Report on the working of the mental hospitals for Indians in Bihar and Orissa - 1925-1929
Year: 1925
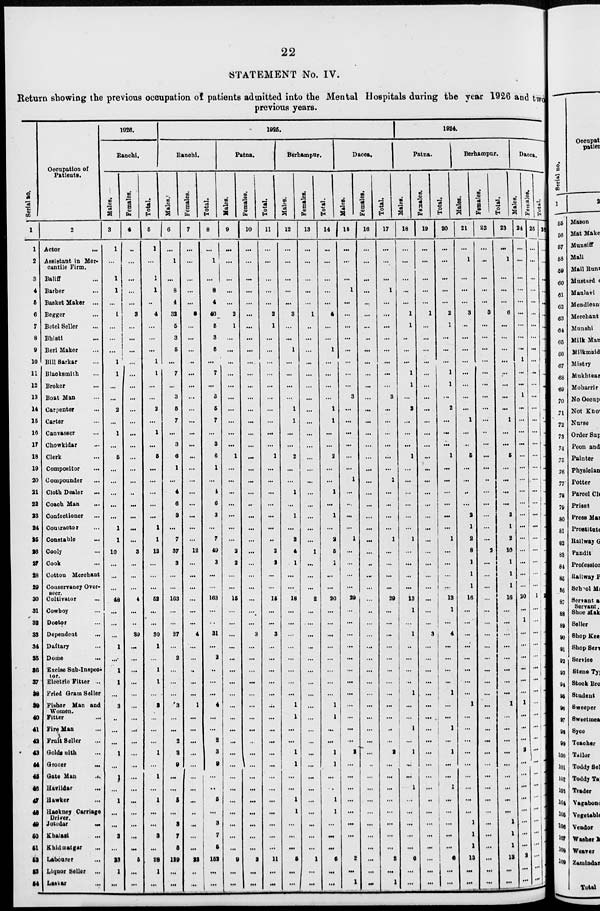
22
STATEMENT No. IV.
Return showing the previous occupation of patients admitted into the Mental Hospitals during the year 1926 and two
previous years.
Serial no.
1
1
2
3
4
5
6
7
8
9
10
11
12
13
14
15
16
17
18
19
20
21
22
23
24
25
26
27
28
29
30
31
32
33
34
35
36
37
38
39
40
41
42
43
44
45
46
47
48
49
50
51
52
53
54
Occupation of
Patients.
2
Actor
...
Assistant in Mer-
cantile Firm.
Baliff ...
Barber ...
Basket Maker ...
Begger ...
Betel Seller ...
Bhisti ...
Beri Maker ...
Bill Sarkar ...
Blacksmith ...
Broker ...
Boat Man ...
Carpenter ...
Carter ...
Canvasser ...
Chowkidar ...
Clerk ...
Compositor ...
Compounder ...
Cloth Dealer
...
Coach Man ...
Confectioner ...
Contractor ...
Constable ...
Cooly ...
Cook ...
Cotton Merchant
Conservancy Over-
seer.
Cultivator ...
Cowboy ...
Doctor ...
Dependent
...
Daftary ...
Dome
...
Excise Sub-Inspec-
tor.
Electric Fitter ...
Fried Gram Seller
Fisher Man and
Women.
Fitter ...
Fire Man ...
Fruit Seller ...
Goldsmith ...
Grocer
...
Gate Man
...
Havildar ...
Hawker ...
Hackney Carriage
Driver.
Jotedar
...
Khalasi ...
Khidmatgar
...
Labourer ...
Liquor Seller ...
Laskar ...
1926.
Ranchi.
Males.
3
1
...
1
1
...
1
...
...
...
1
1
...
...
2
...
1
...
5
...
...
...
...
...
1
1
10
...
...
...
48
...
...
...
1
...
1
1
...
3
...
...
...
1
...
1
...
1
...
...
3
...
23
1
...
Females.
4
...
...
...
...
...
3
...
...
...
...
...
...
...
...
...
...
...
...
...
...
...
...
...
...
...
3
...
...
...
4
...
...
30
...
...
...
...
...
...
...
...
...
...
....
...
...
...
...
...
...
...
5
...
...
Total.
5
1
...
1
1
...
4
...
...
...
1
1
...
...
2
...
1
...
5
...
...
...
...
...
1
1
13
...
...
...
52
...
...
30
1
...
1
1
...
3
...
...
...
1
...
1
...
1
...
...
3
...
28
1
...
1925.
Ranchi.
Males.
6
...
1
...
8
4
32
5
3
5
...
7
...
3
5
7
...
3
6
1
...
4
6
3
...
7
37
3
...
...
163
...
...
27
...
2
...
...
...
3
...
...
2
3
9
...
...
5
...
3
7
5
129
...
...
Females.
7
...
...
...
...
...
8
...
...
...
...
...
...
...
...
...
...
...
...
...
...
...
...
...
...
...
12
...
...
...
...
...
...
4
...
...
...
...
...
1
...
...
...
...
...
...
...
...
...
...
...
...
23
...
...
Total.
8
...
1
...
8
4
40
5
3
5
...
7
...
3
5
7
...
3
6
1
...
4
6
3
...
7
49
3
...
...
163
...
...
31
...
2
...
...
...
4
...
...
2
3
9
...
...
5
...
3
7
5
152
...
...
Patna.
Males.
9
...
...
...
...
...
2
1
...
...
...
...
...
...
...
...
...
...
1
...
...
...
...
...
...
...
2
2
...
...
15
...
...
...
...
...
...
...
...
...
...
...
...
...
...
...
...
...
...
...
...
...
9
...
...
Females.
10
...
...
...
...
...
...
...
...
...
...
...
...
...
...
...
...
...
...
...
...
...
...
...
...
...
...
...
...
...
...
...
...
3
...
...
...
...
...
...
...
...
...
...
...
...
...
...
...
...
...
...
2
...
...
Total.
11
...
...
...
...
...
2
1
...
...
...
...
...
...
...
...
...
...
1
...
...
...
...
...
...
...
2
2
...
...
15
...
...
3
...
...
...
...
...
...
...
...
...
...
...
...
...
...
...
...
...
...
11
...
...
Berhampur.
Males.
12
...
...
...
...
...
3
...
...
1
...
...
...
...
1
1
...
...
2
...
...
1
...
1
...
2
4
1
...
...
18
...
...
...
...
...
...
...
...
1
1
...
...
1
1
...
...
1
1
...
...
...
5
...
...
Females.
13
...
...
...
...
...
1
...
...
...
...
...
...
...
...
...
...
...
...
...
...
...
...
...
...
...
1
...
...
...
2
...
...
...
...
...
...
...
...
...
...
...
...
...
...
...
...
...
...
...
...
...
1
...
...
Total.
14
...
...
...
...
...
4
...
...
1
...
...
...
...
1
1
...
...
2
...
...
1
...
1
...
2
5
1
...
...
20
...
...
...
...
...
...
...
...
1
1
...
...
1
1
...
...
1
1
...
...
...
6
...
...
Dacca.
Males.
15
...
...
...
1
...
...
...
...
...
...
...
...
3
...
...
...
...
...
...
1
...
...
...
...
1
...
...
...
...
29
...
...
...
...
...
...
...
...
...
...
...
...
2
...
...
...
...
...
...
...
...
2
...
1
Females.
16
...
...
...
...
...
...
...
...
...
...
...
...
...
...
...
...
...
...
...
...
...
...
...
...
...
...
...
...
...
...
...
...
...
...
...
...
...
...
...
...
...
...
...
...
...
...
...
...
...
...
...
...
...
...
Total.
17
...
...
...
1
...
...
...
...
...
...
...
...
3
...
...
...
...
...
...
1
...
...
...
...
1
...
...
...
...
29
...
...
...
...
...
...
...
...
...
...
...
...
2
...
...
...
...
...
...
...
...
2
...
1
1924.
Patna.
Males.
18
...
...
...
...
...
1
1
...
...
...
1
1
...
2
...
...
...
1
...
...
...
...
...
...
1
...
...
...
...
13
1
...
1
...
...
...
...
1
...
...
1
...
1
...
...
1
...
...
...
...
...
6
...
...
Females.
19
...
...
...
...
...
1
...
...
...
...
...
...
...
...
...
...
...
...
...
...
...
...
...
...
...
...
...
...
...
...
...
...
3
...
...
...
...
...
...
...
...
...
...
...
...
...
...
...
...
...
...
...
...
...
Total.
20
...
...
...
...
...
2
1
...
...
...
1
1
...
2
...
...
...
1
...
...
...
...
...
...
1
...
...
...
...
13
1
...
4
...
...
...
...
1
...
...
1
...
1
...
...
1
...
...
...
...
...
6
...
...
Berhampur.
Males.
21
...
1
...
...
...
3
...
...
...
...
...
...
...
...
1
...
...
5
...
...
...
...
2
1
2
8
1
1
1
16
...
...
...
...
...
...
...
...
1
...
...
...
...
...
...
...
...
...
1
1
1
13
...
...
Females.
22
...
...
...
...
...
3
...
...
...
...
...
...
...
...
...
...
...
...
...
...
...
...
...
...
...
2
...
...
...
...
...
...
...
...
...
...
...
...
...
...
...
...
...
...
...
...
...
...
...
...
...
...
...
...
Total.
23
...
1
...
...
...
6
...
...
...
...
...
...
...
...
1
...
...
5
...
...
...
...
2
1
2
10
1
1
1
16
...
...
...
...
...
...
...
...
1
...
...
...
...
...
...
...
...
...
1
1
1
13
...
...
Dacca.
Males.
24
...
...
...
...
...
...
...
...
...
1
...
...
1
...
...
...
...
...
...
...
...
...
...
...
...
...
...
...
...
20
...
1
...
...
...
...
...
...
1
...
...
...
2
...
...
...
...
...
...
...
...
2
...
...
Females.
25
...
...
...
...
...
...
...
...
...
...
...
...
...
...
...
...
...
...
...
...
...
...
...
...
...
...
...
...
...
1
...
...
...
...
...
...
...
...
...
...
...
...
...
...
...
...
...
...
...
...
...
...
...
...
Total.
26
...
...
...
...
...
...
...
...
...
1
...
...
1
...
...
...
...
...
...
...
...
...
...
...
...
...
...
...
...
21
...
1
...
...
...
...
...
...
1
...
...
...
2
...
...
...
...
...
...
...
...
2
...
...